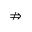
\nRightarrow